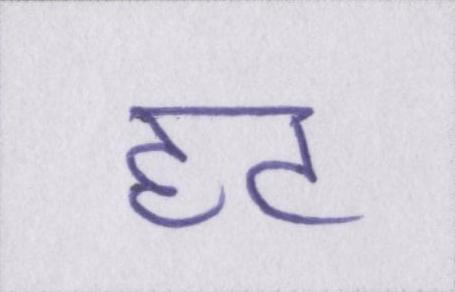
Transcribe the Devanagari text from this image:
हट